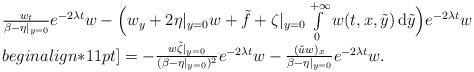
LaTeX: \begin{align*}\begin{array}{ll}\frac{w_t}{\beta-\eta|_{y=0}} e^{-2\lambda t}w- \Big(w_y + 2\eta|_{y=0} w + \tilde{f}+ \zeta|_{y=0}\int\limits_0^{+\infty} w(t,x,\tilde{y}) \,\mathrm{d}\tilde{y} \Big) e^{-2\lambda t}w \\begin{align*}11pt]= - \frac{w\tilde{\zeta}|_{y=0}}{(\beta-\eta|_{y=0})^2} e^{-2\lambda t}w- \frac{(\tilde{u}w)_x}{\beta-\eta|_{y=0}} e^{-2\lambda t}w.\end{array}\end{align*}